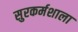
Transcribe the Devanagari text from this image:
सुरकर्मशाला